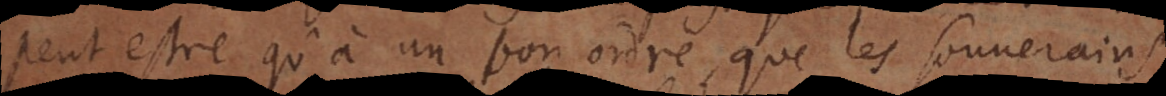
peut estre qu’à un bon ordre, que les souverains